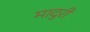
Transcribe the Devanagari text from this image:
मादुरी